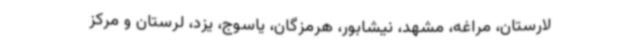
لارستان، مراغه، مشهد، نیشابور، هرمزگان، یاسوج، یزد، لرستان و مرکز